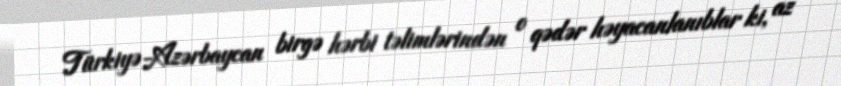
Türkiyə-Azərbaycan birgə hərbi təlimlərindən o qədər həyacanlanıblar ki, az